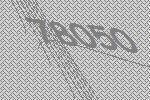
78050